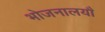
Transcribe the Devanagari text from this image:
भोजनालयौ